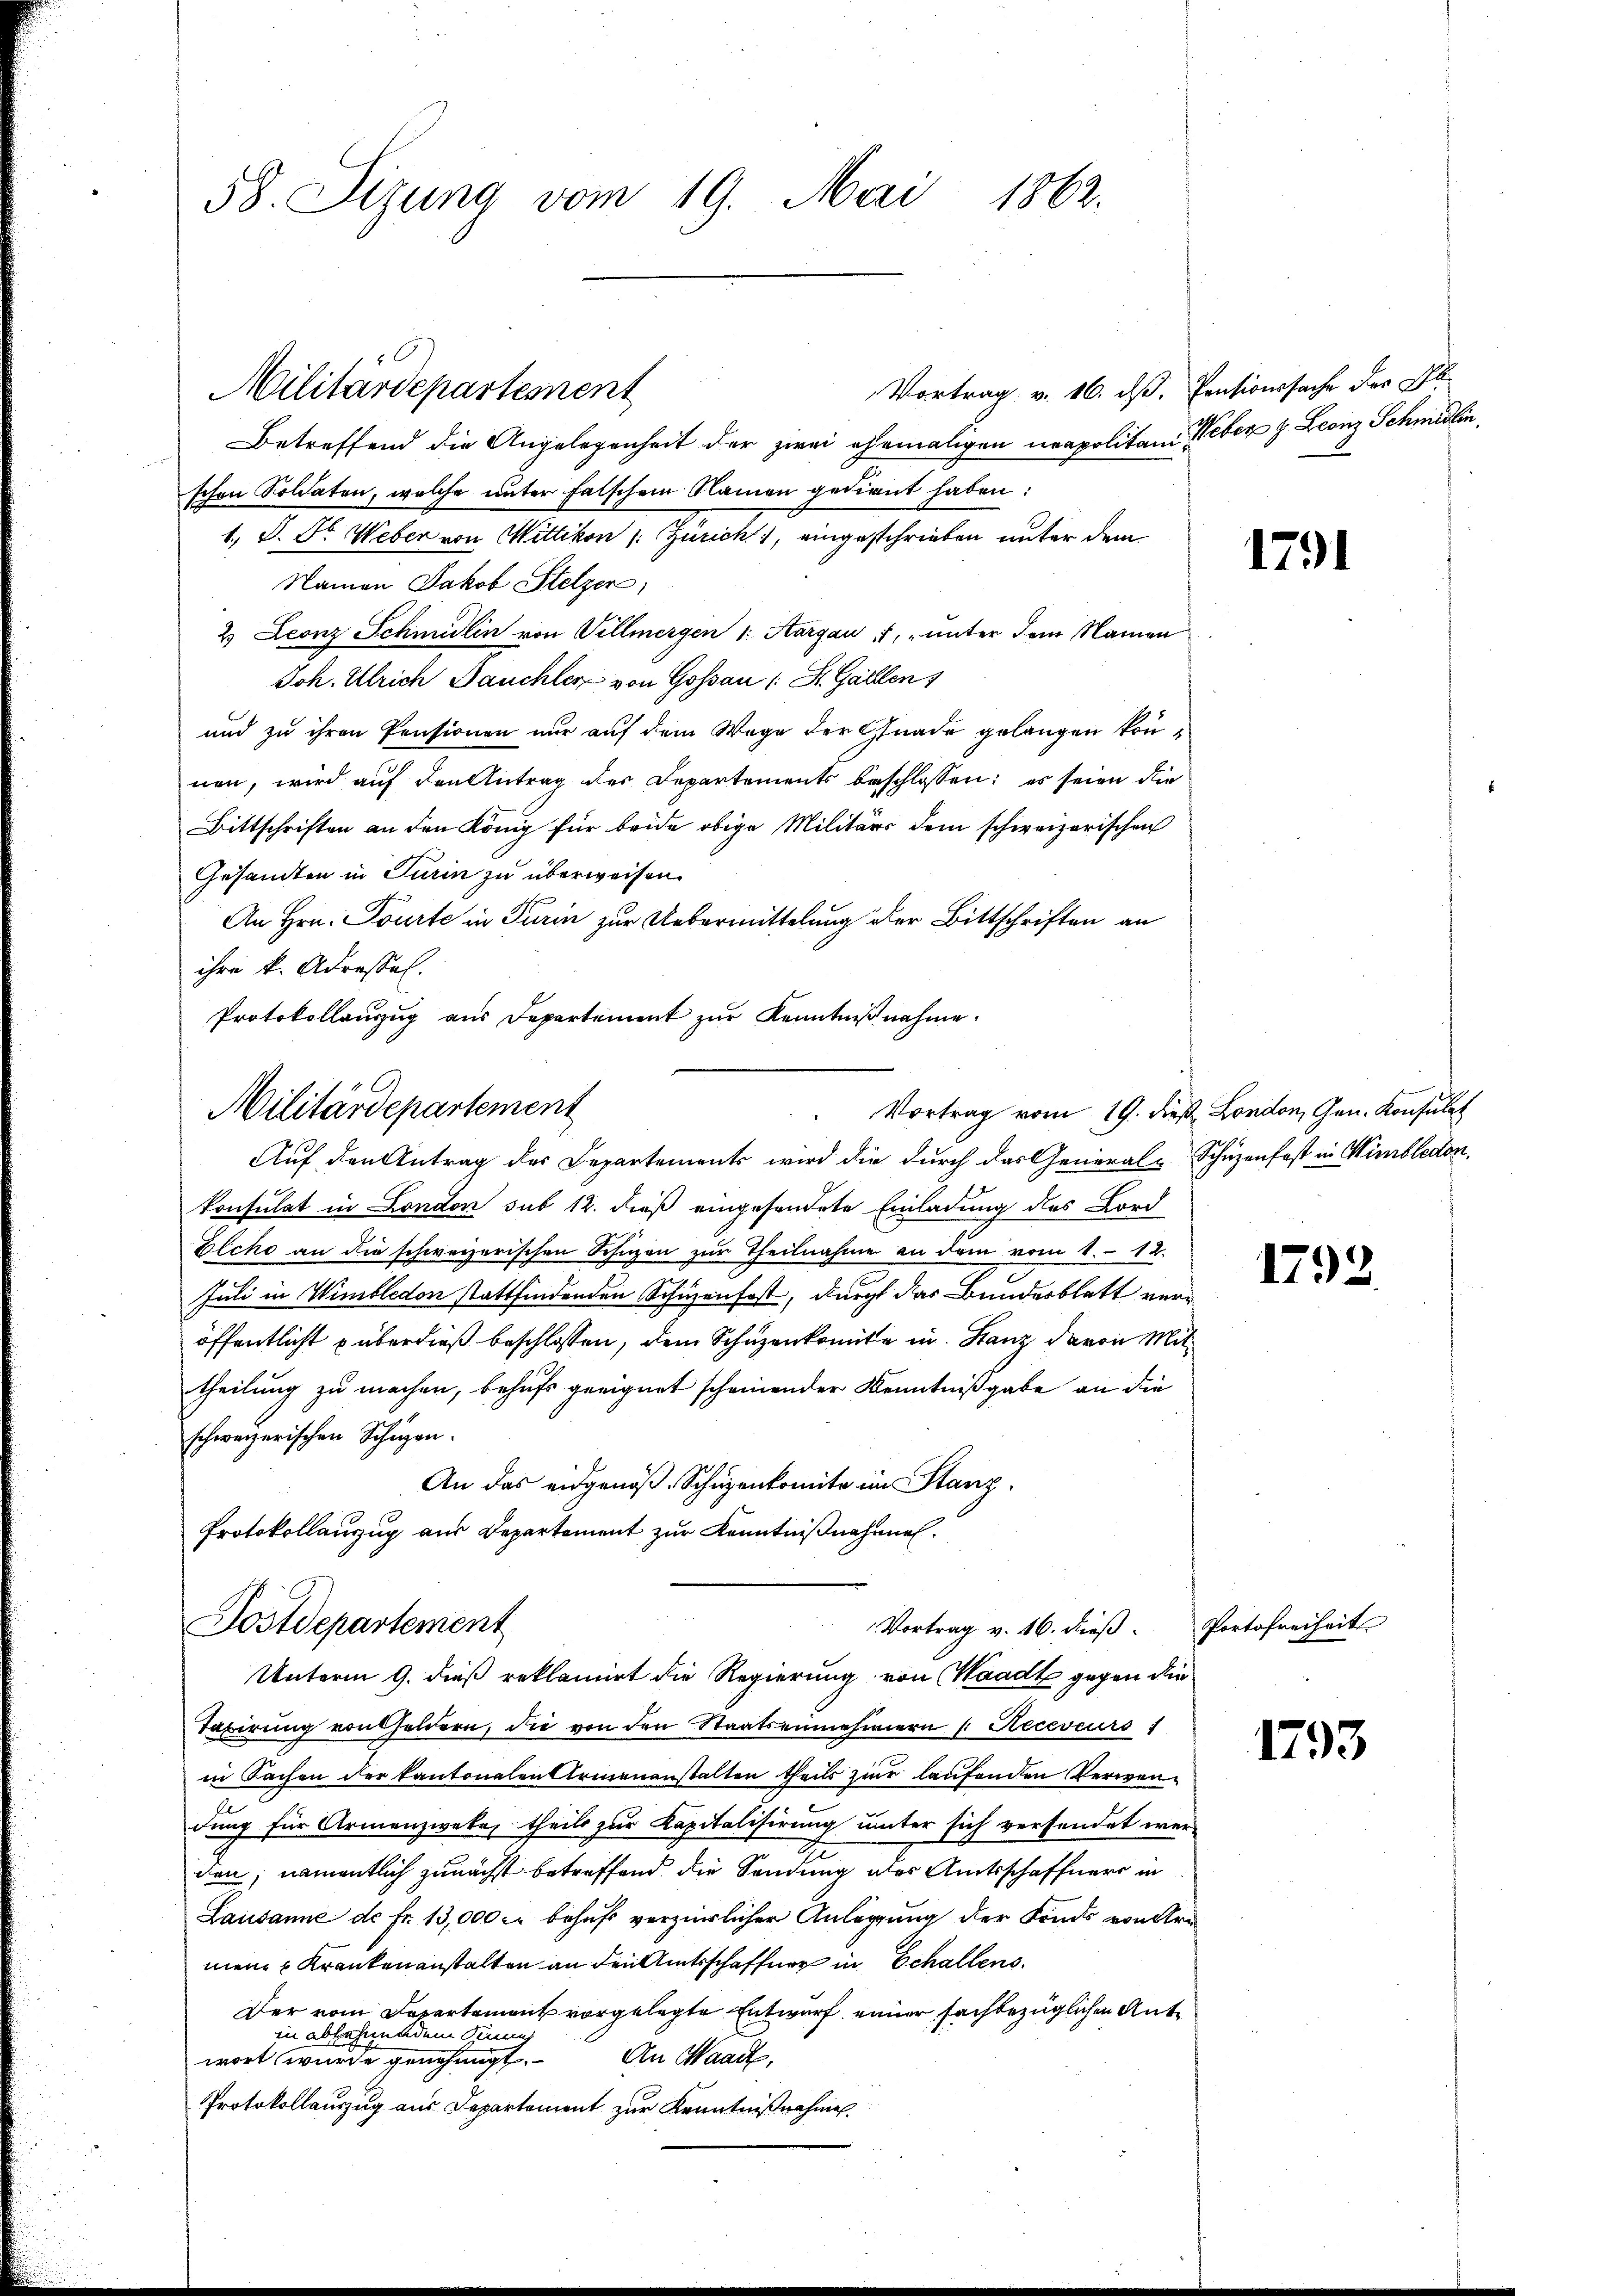
58. Sizung vom 19. Mai 1862.

Vortrag v. 16. dß. Pensionssache der Gl
Betreffend die Angelegenheit der zwei ehemaligen neapolitani Weber z. Leonz Schmidlin,
schen Soldaten, welche unter falschem Namen gedient haben:
1., S. St. Weber von Wittikon (: Zürich, eingeschrieben unter dem
Namen Jakob Stelzer,
2. Leonz Schmidlin von Villmergen 1. Aargau 1, unter dem Namen
Joh. Ulrich Deuchler von Gossau (St. Gallen
und zu ihren Pensionen nur auf dem Wege der Gnade gelangen können, wird auf den Antrag des Departements beschlossen: es seien die
Bittschriften an den König für beide obige Militärs dem schweizerischen
Gesandten in Turin zu überweisen.
An Hrn. Tourte in Turin zur Uebermittelung der Bittschriften an
ihre k. Adressel.
Protokollaŭszŭg aŭs Departement zŭr Kenntniβnahme.
Militärdepartement
Vortrag vom 19. dieß London, Gen. Konsulat
Auf den Antrag der Departements wird die durch das General-Schüzenfest in Wimbledon,
konsulat in London sub 12. dieß eingesendete Einladung des Lord
Elche an die schweizerischen Schüzen zur Theilnahme an dem vom 1. 12.
Juli in Wimbledon stattfindenden Schienfest, durch das Bundesblatt veröffentlicht überdieß beschlossen, dem Schuzenkomite in Ganz davon Mittheilung zu machen, behufs geeignet scheinender Kenntnißgabe an die
schweizerischen Schüzen.
An das eidgenöβ. Schüzenkomite im Stanz.
Protokollanzug aus Departement zur Kenntnißnahmen.

Militärdepartement

Postdepartement
Vortrag v. 16. dieβ. Portofreiheit
Unterm 9. dieß reklamirt die Regierung von Waadt gegen die

Taxirung von holdern, die von den Staatseinehmern /: Receseurs
in Sachen der kantonalen Armenanstalten theils zier laufenden Verwen¬
.
dung für Armenzweke, theils zur Kapitalisirung unter sich versendet werden; namentlich zunächst betreffend die Sendung des Amtsschaffners in
Lausanne de fr. 13,000 c behuf verzürlicher Anlegung der Fonds von Ar
mene Krankenanstalten an den Amtsschaffung in Schallens
Der vom Departement vorgelegte Entwurf einer sachbezüglichen Antin abfahigen de
An Waadt,
wort wurde genehmigt.
Protokollauszug aus Departement zur Kenntnißnahmen

1791

1792.

1793